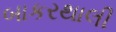
બાકરથાલી